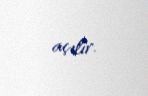
açılır.